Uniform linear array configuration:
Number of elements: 24
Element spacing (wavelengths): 0.5
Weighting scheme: binomial
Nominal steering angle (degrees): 60
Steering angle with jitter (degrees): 60.392
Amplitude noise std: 0.05
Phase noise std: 0.05

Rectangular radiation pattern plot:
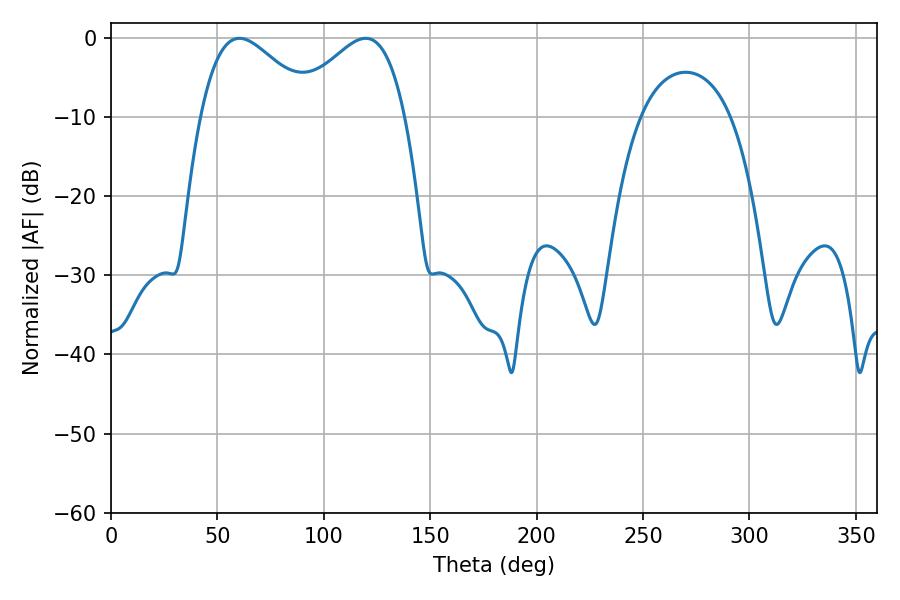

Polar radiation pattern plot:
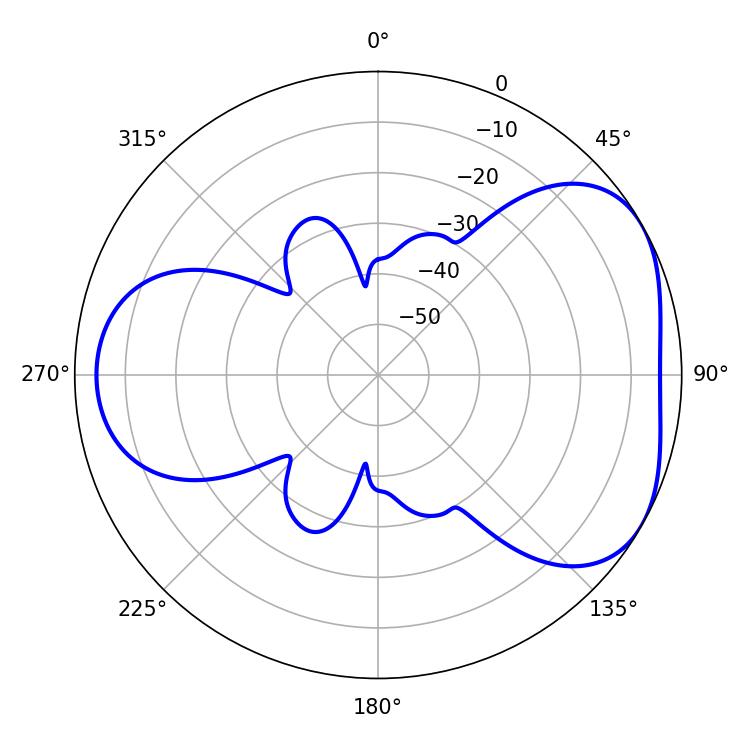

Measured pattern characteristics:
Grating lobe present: FALSE
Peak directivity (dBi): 4.423
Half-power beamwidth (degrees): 28.62
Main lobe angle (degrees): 60.3